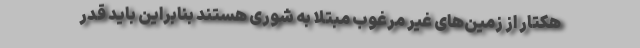
هکتار از زمین‌های غیر مرغوب مبتلا به شوری هستند بنابراین باید قدر